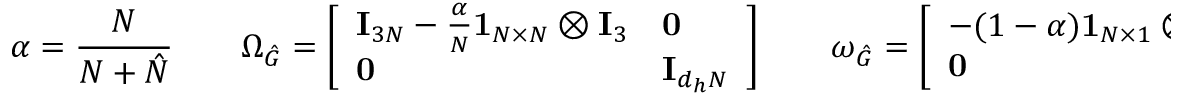
\alpha = \frac { N } { N + \hat { N } } \quad \quad \Omega _ { \hat { G } } = \left[ \begin{array} { l l } { \mathbf { I } _ { 3 N } - \frac { \alpha } { N } \mathbf { 1 } _ { N \times N } \otimes \mathbf { I } _ { 3 } } & { \mathbf { 0 } } \\ { \mathbf { 0 } } & { \mathbf { I } _ { d _ { h } N } } \end{array} \right] \quad \quad \omega _ { \hat { G } } = \left[ \begin{array} { l } { - ( 1 - \alpha ) \mathbf { 1 } _ { N \times 1 } \otimes \mathbf { \hat { x } } _ { a v } } \\ { \mathbf { 0 } } \end{array} \right]